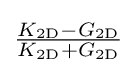
{\tfrac {K_{\mathrm {2D} }-G_{\mathrm {2D} }}{K_{\mathrm {2D} }+G_{\mathrm {2D} }}}